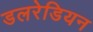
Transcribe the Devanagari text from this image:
डलरेडियन